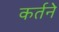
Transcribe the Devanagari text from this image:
कर्तने